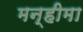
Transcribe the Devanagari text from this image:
मन्हीमा